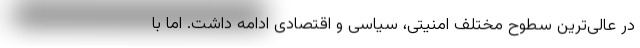
در عالی­ترین سطوح مختلف امنیتی، سیاسی و اقتصادی ادامه داشت. اما با